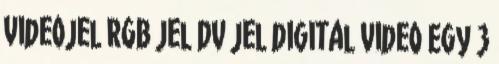
videojel RGB jel DV jel digital video Egy 3